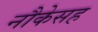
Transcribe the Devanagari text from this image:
नौकेसह